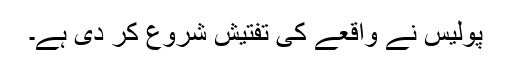
پولیس نے واقعے کی تفتیش شروع کر دی ہے۔